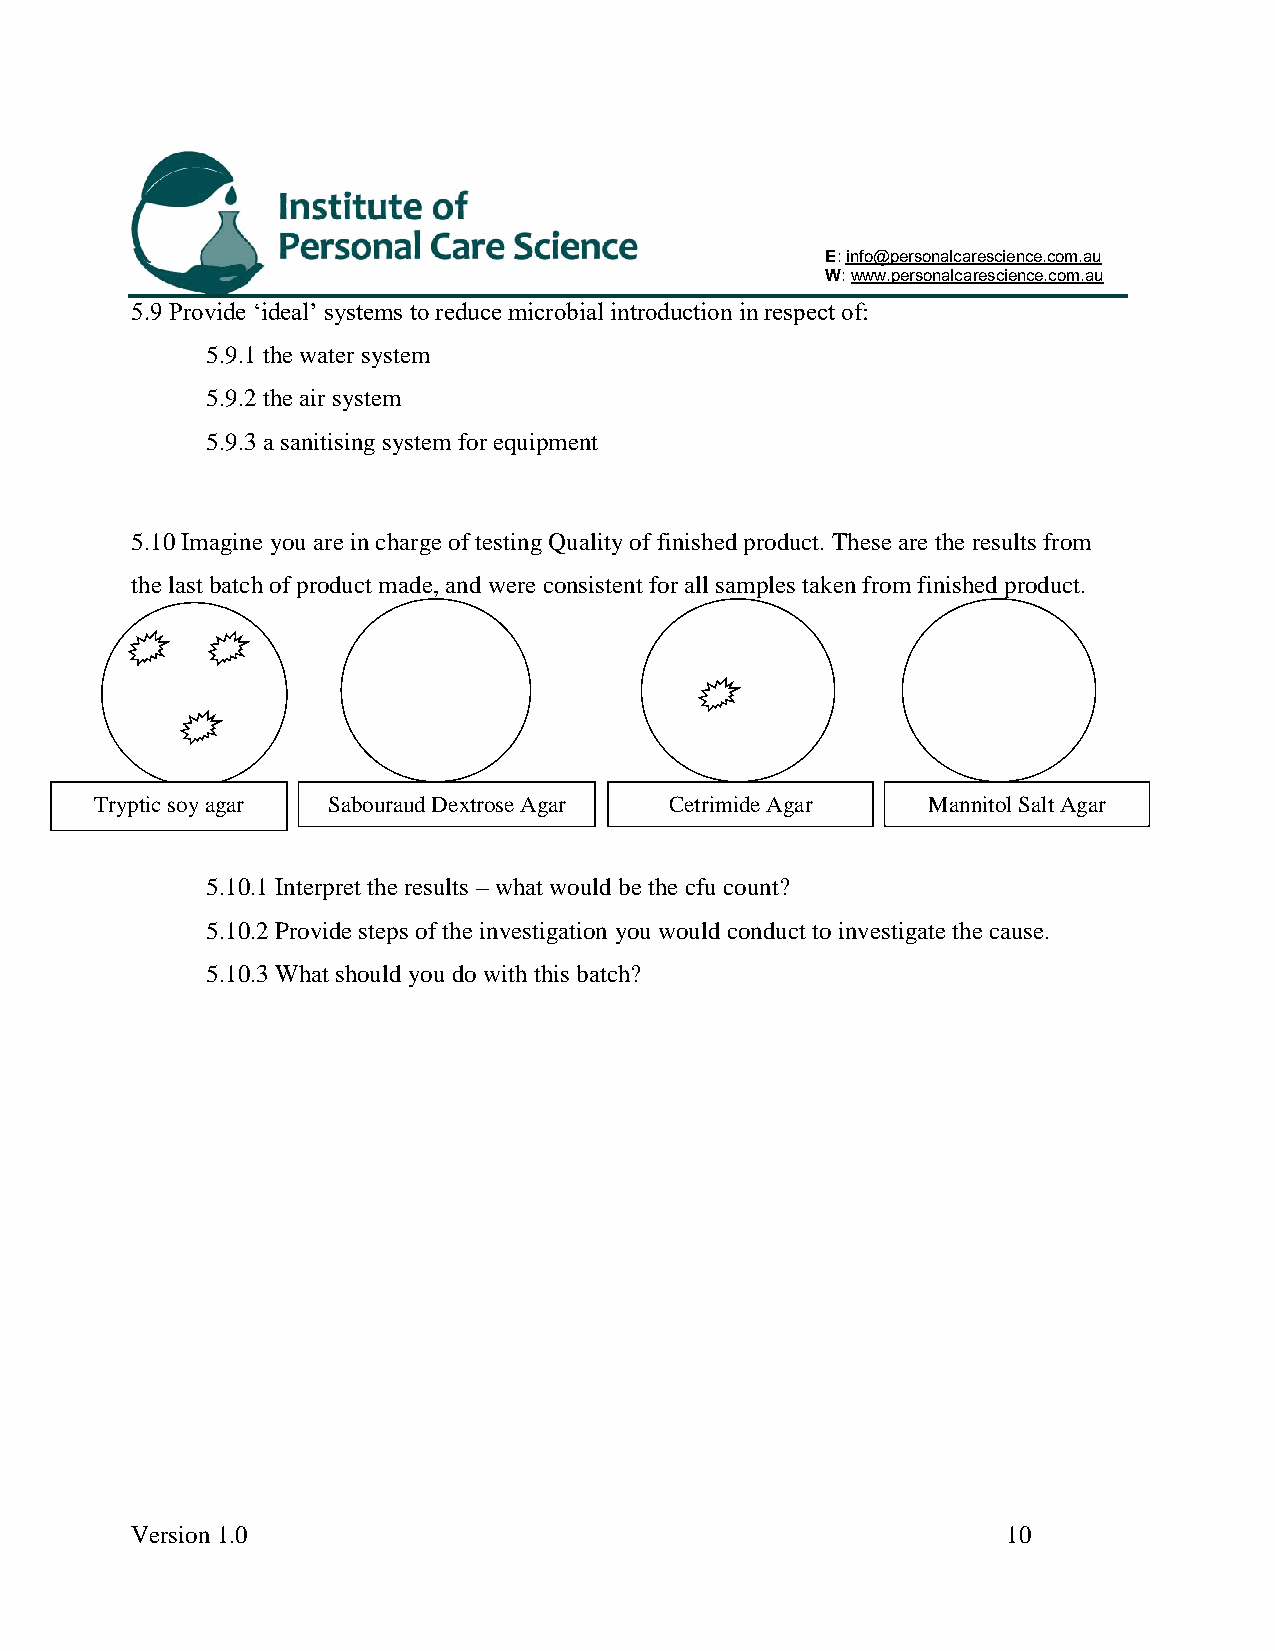
E: info@personalcarescience.com.au
 W: www.personalcarescience.com.au
 5.9 Provide ‘ideal’ systems to reduce microbial introduction in respect of:
 5.9.1 the water system
 5.9.2 the air system
 5.9.3 a sanitising system for equipment
 5.10 Imagine you are in charge of testing Quality of finished product. These are the results from
 the last batch of product made, and were consistent for all samples taken from finished product.
 Tryp tic soy agar Sabouraud Dextrose Agar Cetrimide Agar Mannitol Salt Agar
 5.10.1 Interpret the results – what would be the cfu count?
 5.10.2 Provide steps of the investigation you would conduct to investigate the cause.
 5.10.3 What should you do with this batch?
 Version 1.0                                               10